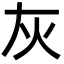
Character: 灰